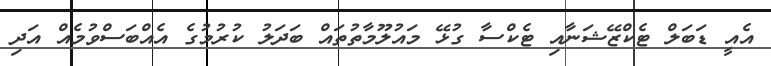
އެއީ ޑަބަލް ޓެކްޒޭޝަނާއި ޓެކްސާ ގުޅޭ މައުލޫމާތުތައް ބަދަލު ކުރުމުގެ އެއްބަސްވުމެއް އަދި